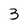
Character: 3